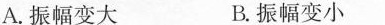
A.振幅变大 B.振幅变小